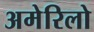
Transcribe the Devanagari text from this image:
अमेरिलो